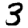
Digit: 3